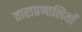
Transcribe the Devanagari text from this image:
ताराप्रणालियाँ